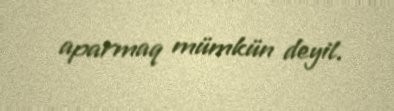
aparmaq mümkün deyil.